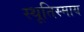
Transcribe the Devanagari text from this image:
स्थूतिस्माय